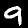
Digit: 9